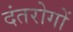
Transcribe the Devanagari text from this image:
दंतरोगों